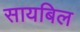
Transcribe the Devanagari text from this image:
सायबिल